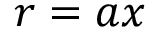
\ensuremath { \boldsymbol { r } } = a \ensuremath { \boldsymbol { x } }